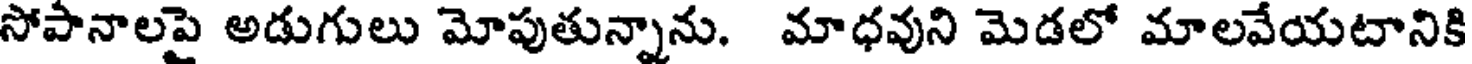
సోపానాలపై అడుగులు మోపుతున్నాను. మాధవుని మెడలో మాలవేయటానికి